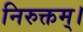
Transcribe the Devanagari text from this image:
निरुक्तम्।